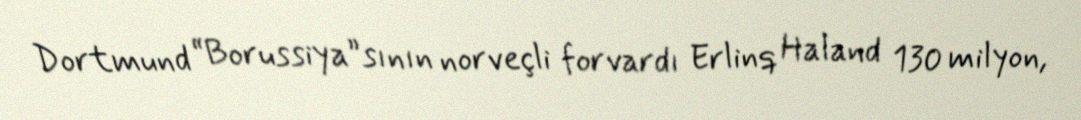
Dortmund “Borussiya”sının norveçli forvardı Erlinq Haland 130 milyon,